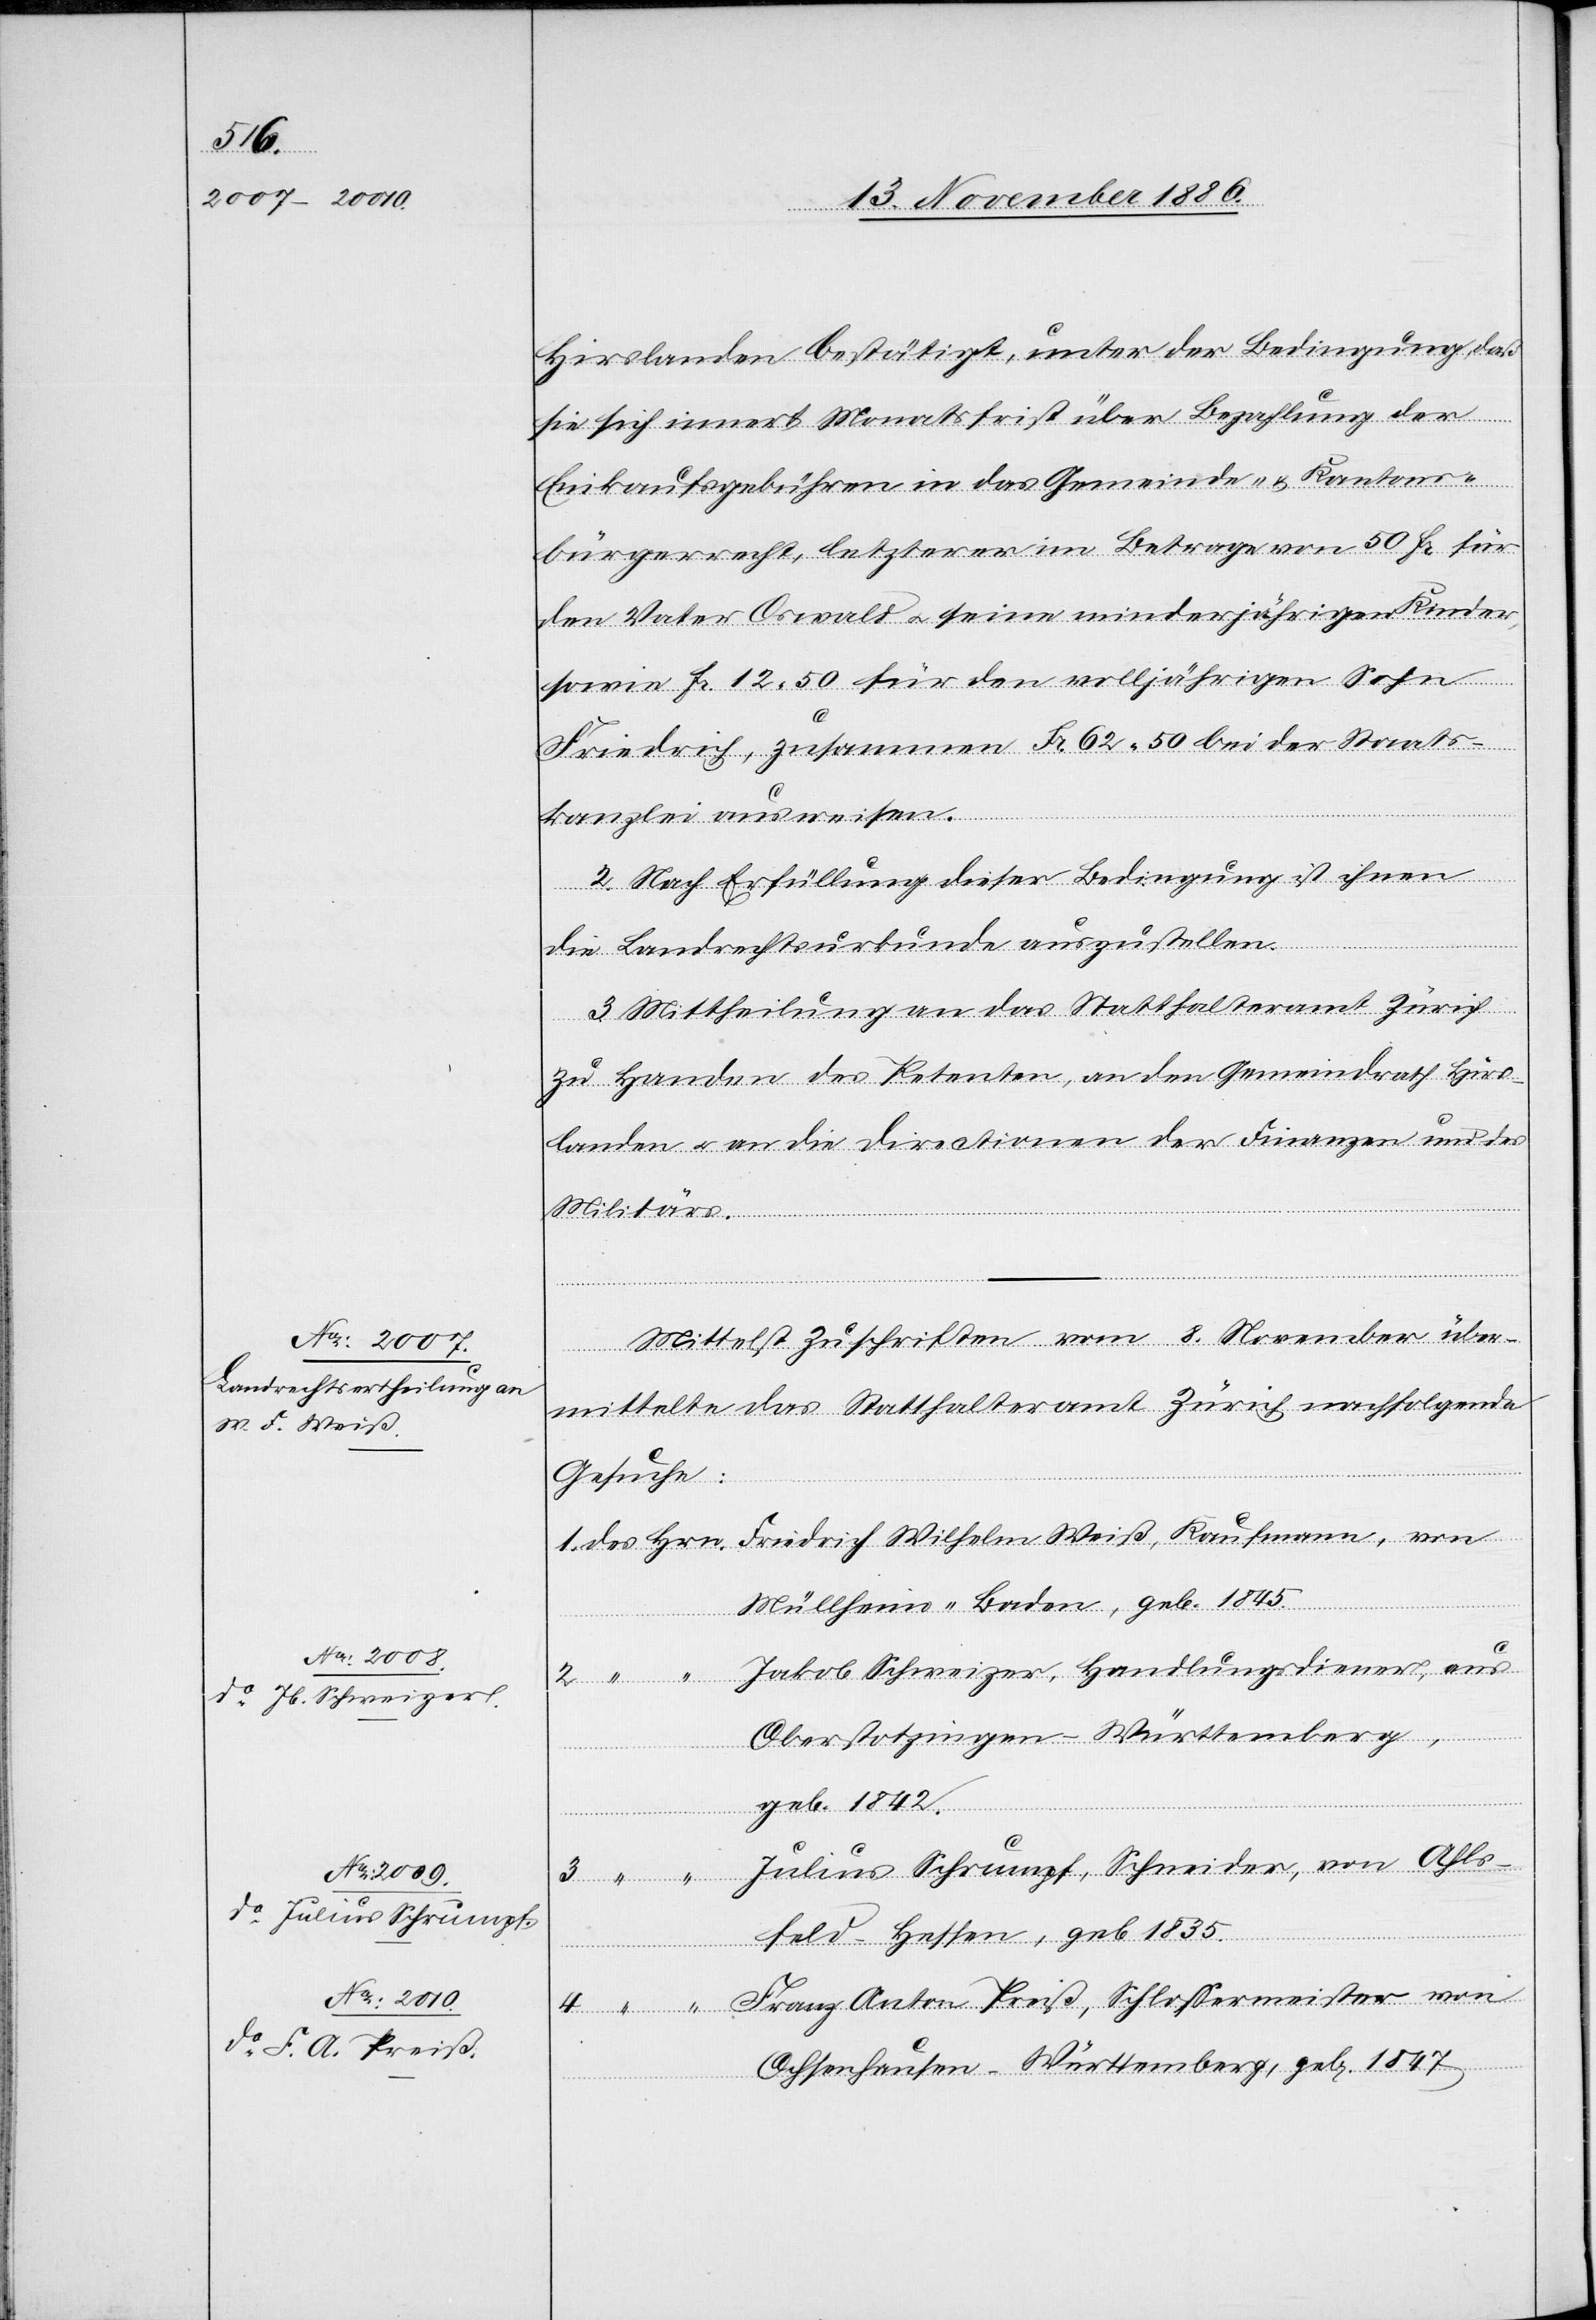
Hirslanden bestätigt, unter der Bedingung, daß
sie sich innert Monatsfrist über Bezahlung der
Einkaufsgebühren in das Gemeinde- & Kantons¬
bürgerrecht, letzterer im Betrage von 50 Fr. für
den Vater Oswald & seine minderjährigen Kinder,
sowie Fr. 12 50 für den volljährigen Sohn
Friedrich, zusammen Fr. 62 50 bei der Staats¬
kanzlei ausweisen.
2. Nach Erfüllung dieser Bedingung ist ihnen
die Landrechtsurkunde auszustellen.
3. Mittheilung an das Statthalteramt Zürich
zu Handen des Petenten, an den Gemeindrath Hirs¬
landen & an die Directionen der Finanzen und des
Militärs.
Mittelst Zuschriften vom 8. November über¬
mittelte das Statthalteramt Zürich nachfolgende
Gesuche:
1. des Hrn. Friedrich Wilhelm Weiß, Kaufmann, von
Hrn.]
Müllheim - Baden, geb. 1845.
Jakob Schweizer, Handlungsdiener, aus
Oberstotzingen - Württemberg,
geb. 1842.
4.
Julius Schrumpf, Schneider, von Ahls¬
feld - Hessen, geb 1835.
Hr¬
n.] Franz Anton Preiß, Schlossermeister von
Ochsenhausen - Württemberg, geb. 1847